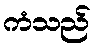
ကံသည်